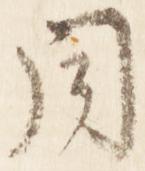
同